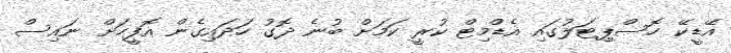
އޭޑީކޭ ހޮސްޕިޓަލުގައި އެޑްމިޓް ކުރީ ކަމަށް ބުނެ ދޮގު ހަދައިގެން އޮފީހަށް ނައިސް